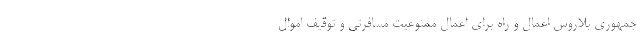
جمهوری بلاروس اعمال و راه برای اعمال ممنوعیت مسافرتی و توقیف اموال